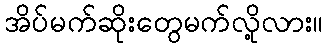
အိပ်မက်ဆိုးတွေမက်လို့လား။